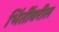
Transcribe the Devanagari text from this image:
भिंतींवरील